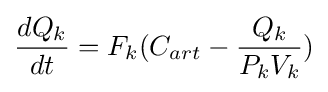
{dQ_{k} \over dt}=F_{k}(C_{art}-{{Q_{k}} \over {P_{k}V_{k}}})